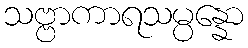
သဗ္ဗာကာရသမ္ပန္နော